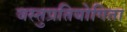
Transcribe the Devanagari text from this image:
वस्तुप्रतियोगिता